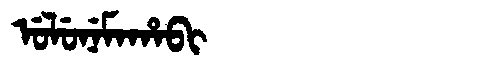
Manchu: ᡠᠯᡠᠨᡝᠮᠠᡥᠠᠪᡳ
Romanization: ULUNEMAHABI